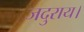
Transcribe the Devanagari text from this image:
जदुराय।